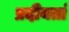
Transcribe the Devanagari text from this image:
प्रदीयतां